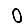
Digit: 0